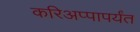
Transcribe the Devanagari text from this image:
करिअप्पापर्यंत